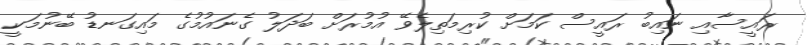
ރައީސާއި ނައިބު ރައީސް ކަމަށް ކުރިމަތިލެވޭ އުމުރަށް ބަދަލު ގެނައުމުގެ މައިގަނޑު ބޭނުމަކީ